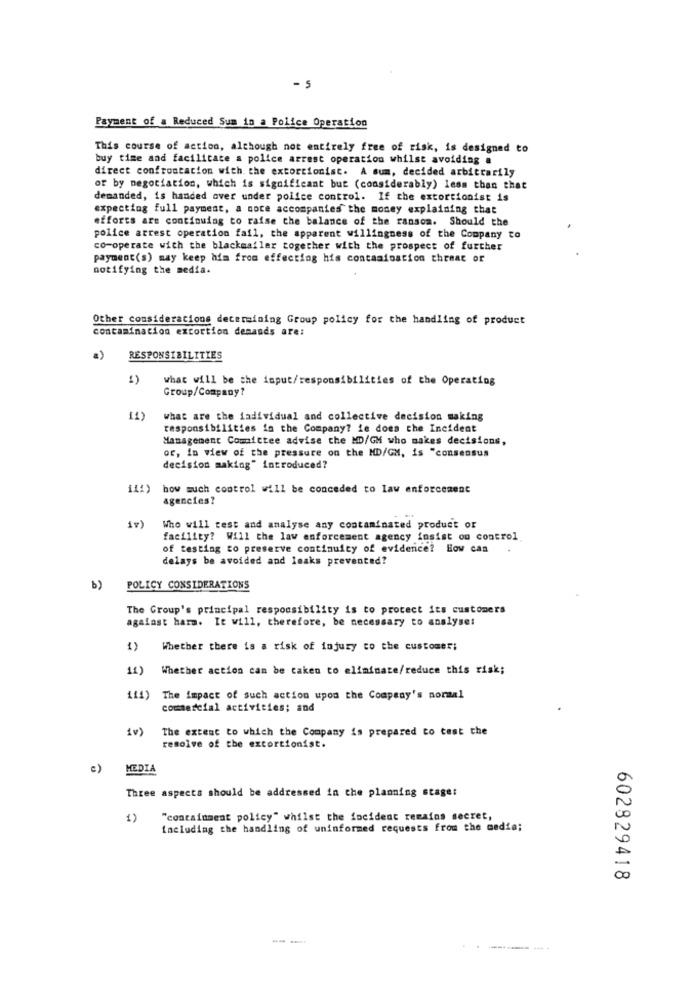
- 5
Payment of a Reduced Sum in a Police Operation
This course of action, although not entirely free of risk, is designed to
buy time and facilitate a police arrest operation whilst avoiding a
direct confrontacion with the extortionist. A sum, decided arbitrarily
or by negotiation, which is significant but (considerably) less than that
demanded, is handed over under police control. If the extortionist is
expecting full payment, a note accompanies the money explaining that
efforts are continuing to raise the balance of the ransom. Should the
police arrest operation fail, the apparent willingness of the Company to
co-operate with the blackmailer together with the prospect of further
payment(s) may keep him from effecting his contamination threat of
notifying the media.
Other considerations determining Group policy for the handling of product
contamination extortion demands are:
a)
RESPONSIBILITIES
1)
what will be the input/responsibilities of the Operating
Group/Company?
what are the individual and collective decision making
responsibilities in the Company? ie does the Incident
Management Committee advise the MD/GM who makes decisions,
or, in view of the pressure on the MD/GM, is "consensus
decision making" introduced?
iii) how much control will be conceded to law enforcement
agencies?
iv)
Who will test and analyse any contaminated product or
facility? Will the law enforcement agency insist on control
of testing to preserve continuity of evidence? How can
delays be avoided and lmaks prevented?
b)
POLICY CONSIDERATIONS
The Group's principal responsibility is to protect its customers
agafast harm. It will, therefore, be necessary to analyse:
1)
Whether there is a risk of injury to the customer;
11)
Whether action can be taken to eliminate/reduce this risk;
111) The impact of such action upon the Company's normal
commercial activities; and
1v)
The extent to which the Company is prepared to test the
resolve of the extortionist.
c)
MEDIA
Three aspects should be addressed in the planning stage:
1)
"containment policy" whilst the focident remains secret,
including the handling of uninformed requests from the media;
602829418
---
-------